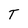
Character: T